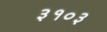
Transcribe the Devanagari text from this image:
३१०३